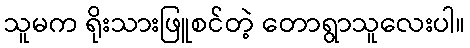
သူမက ရိုးသားဖြူစင်တဲ့ တောရွာသူလေးပါ။